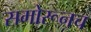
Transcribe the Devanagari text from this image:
समोरूनच